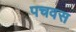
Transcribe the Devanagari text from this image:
पचवस